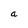
Character: a